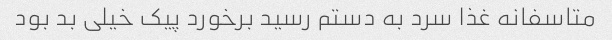
متاسفانه غذا سرد به دستم رسید برخورد پیک خیلی بد بود